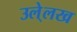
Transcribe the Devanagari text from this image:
उले्लख